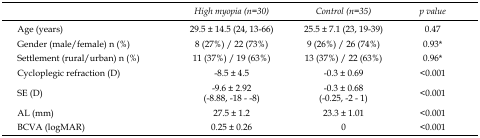
<table><thead><tr><td></td><td><b><i>High myopia (n=30)</i></b></td><td><b><i>Control (n=35)</i></b></td><td><b><i>p value</i></b></td></tr></thead><tbody><tr><td>Age (years)</td><td>29.5 ± 14.5 (24, 13-66)</td><td>25.5 ± 7.1 (23, 19-39)</td><td>0.47</td></tr><tr><td>Gender (male/female) n (%)</td><td>8 (27%) / 22 (73%)</td><td>9 (26%) / 26 (74%)</td><td>0.93*</td></tr><tr><td>Settlement (rural/urban) n (%)</td><td>11 (37%) / 19 (63%)</td><td>13 (37%) / 22 (63%)</td><td>0.96*</td></tr><tr><td>Cycloplegic refraction (D)</td><td>-8.5 ± 4.5</td><td>-0.3 ± 0.69</td><td>&lt;0.001</td></tr><tr><td>SE (D)</td><td>-9.6 ± 2.92 (-8.88, -18 - -8)</td><td>-0.3 ± 0.68 (-0.25, -2 - 1)</td><td>&lt;0.001</td></tr><tr><td>AL (mm)</td><td>27.5 ± 1.2</td><td>23.3 ± 1.01</td><td>&lt;0.001</td></tr><tr><td>BCVA (logMAR)</td><td>0.25 ± 0.26</td><td>0</td><td>&lt;0.001</td></tr></tbody></table>